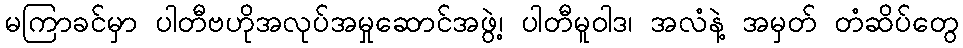
မကြာခင်မှာ ပါတီဗဟိုအလုပ်အမှုဆောင်အဖွဲ့၊ ပါတီမူဝါဒ၊ အလံနဲ့ အမှတ် တံဆိပ်တွေ